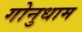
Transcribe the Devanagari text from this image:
गोनुधाम